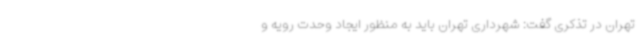
تهران در تذکری گفت: شهرداری تهران باید به منظور ایجاد وحدت رویه و